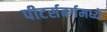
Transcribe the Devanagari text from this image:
पीटर्सबर्गमध्ये